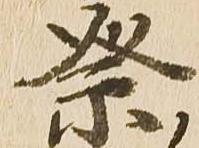
祭